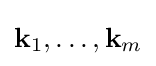
\mathbf {k} _{1},\dots ,\mathbf {k} _{m}